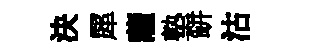
決犀薩塾缾沽